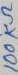
Text: 100KΩ